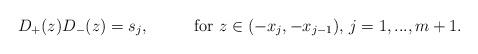
LaTeX: \begin{align*}& D_{+}(z)D_{-}(z) = s_{j}, & & \mbox{for } z \in (-x_{j},-x_{j-1}), \, j = 1,...,m+1.\end{align*}